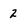
Character: 2